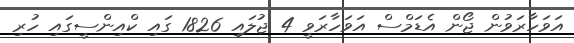
އަވަހާރަވުން ޖޯން އެޑަމްސް އަވަހާރަވީ 4 ޖުލައި 1826 ގައި ކްއިންސީގައި ހުރި